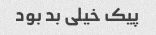
پیک خیلی بد بود